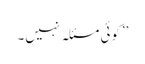
’’کوئی مسئلہ نہیں۔